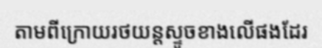
តាមពីក្រោយរថយន្តស្ទូចខាងលើផងដែរ